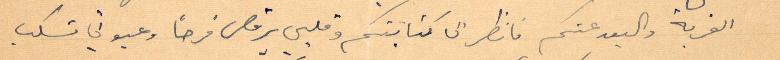
الغربة والبعد عنطم فانظر الى كتابتكم وقلبي يرقص فرحًا وعيوني تسكب